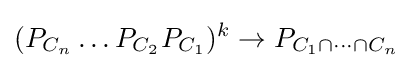
(P_{C_{n}}\dots P_{C_{2}}P_{C_{1}})^{k}\to P_{C_{1}\cap \dots \cap C_{n}}